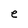
Character: e